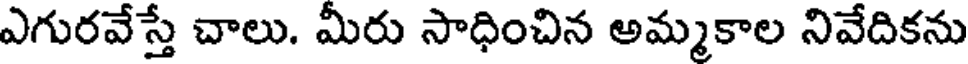
ఎగురవేస్తే చాలు. మీరు సాధించిన అమ్మకాల నివేదికను